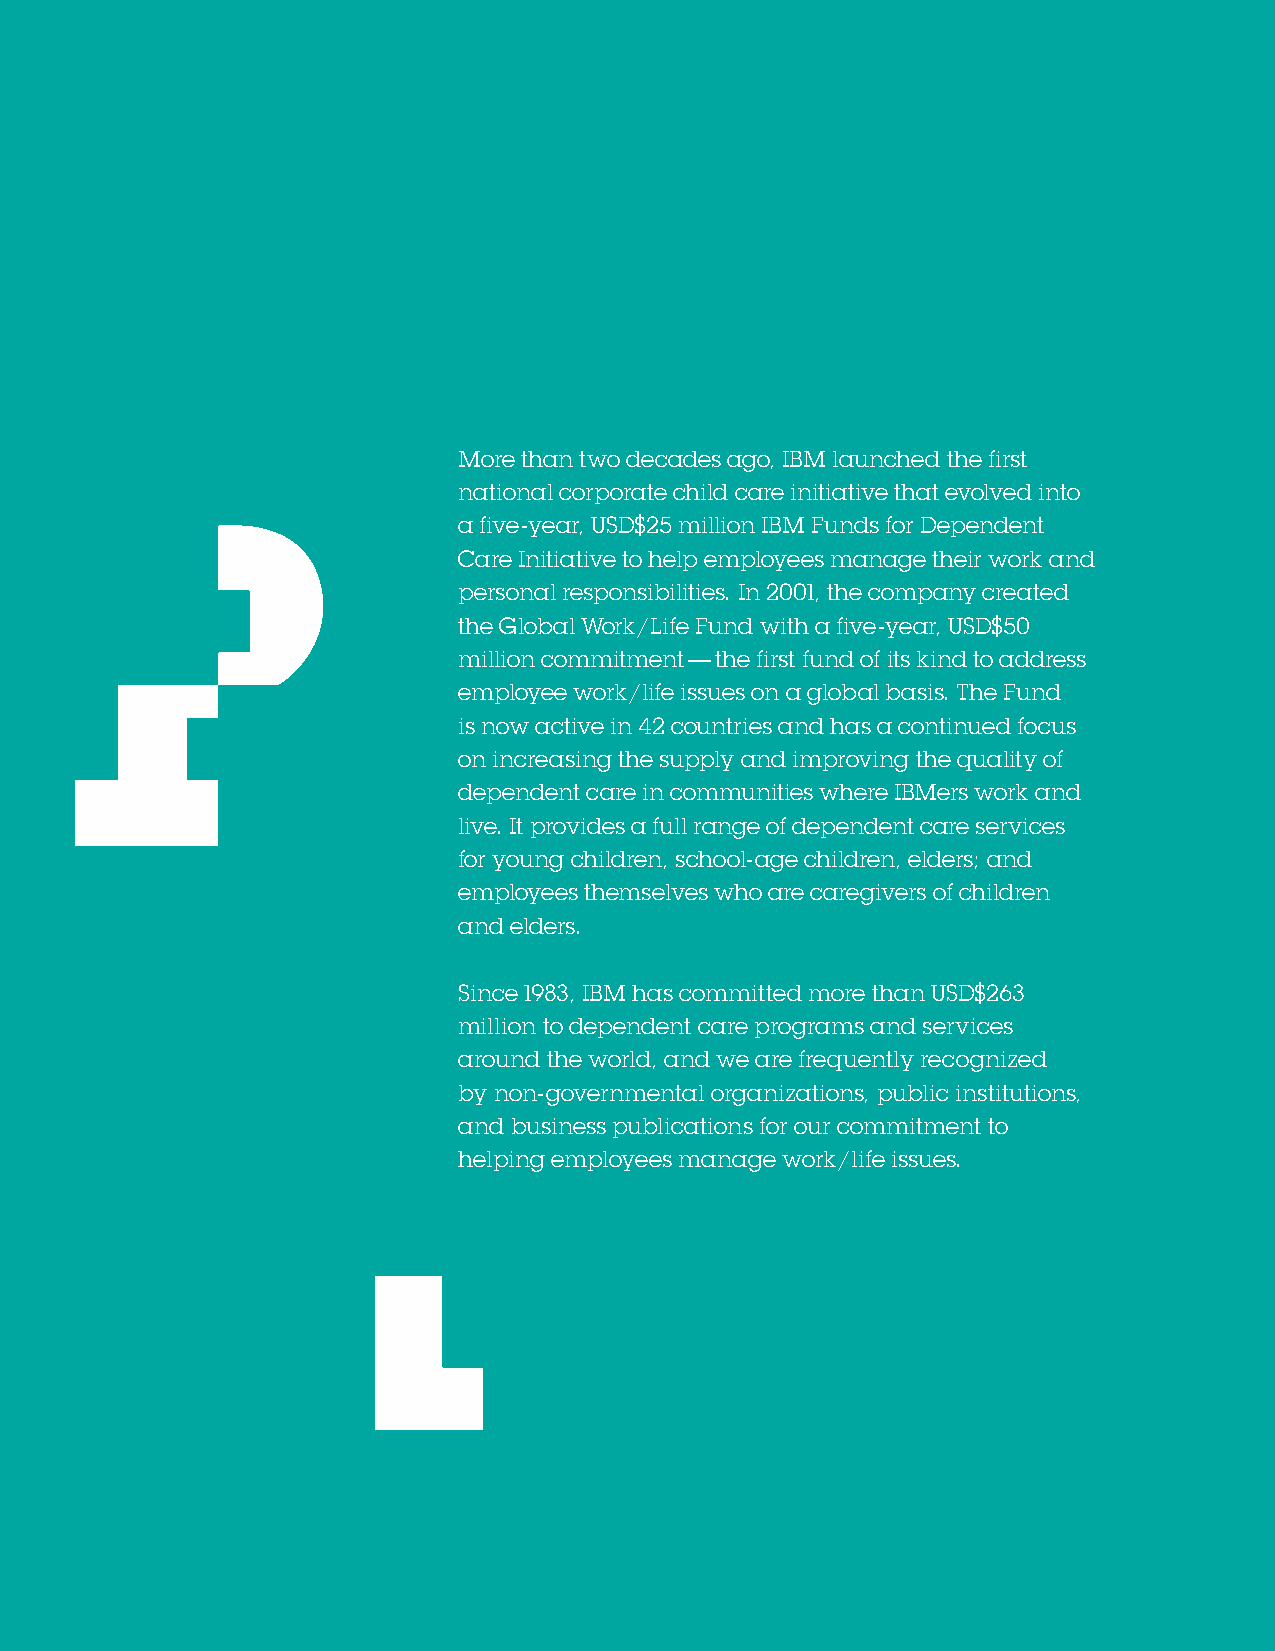
More than two decades ago, IBM launched the first
 national corporate child care initiative that evolved into
 a five-year, USD$25 million IBM Funds for Dependent
 Care Initiative to help employees manage their work and
 personal responsibilities. In 2001, the company created
 the Global Work/Life Fund with a five-year, USD$50
 million commitment — the first fund of its kind to address
 employee work/life issues on a global basis. The Fund
 is now active in 42 countries and has a continued focus
 on increasing the supply and improving the quality of
 dependent care in communities where IBMers work and
 live. It provides a full range of dependent care services
 for young children, school-age children, elders; and
 employees themselves who are caregivers of children
 and elders.
 Since 1983, IBM has committed more than USD$263
 million to dependent care programs and services
 around the world, and we are frequently recognized
 by non-governmental organizations, public institutions,
 and business publications for our commitment to
 helping employees manage work/life issues.
 8  Diversity & Inclusion